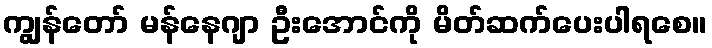
ကျွန်တော် မန်နေဂျာ ဦးအောင်ကို မိတ်ဆက်ပေးပါရစေ။